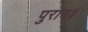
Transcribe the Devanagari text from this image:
पुरान॥